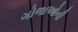
ગોળાઓની